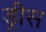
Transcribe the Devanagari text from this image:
ड्रीस